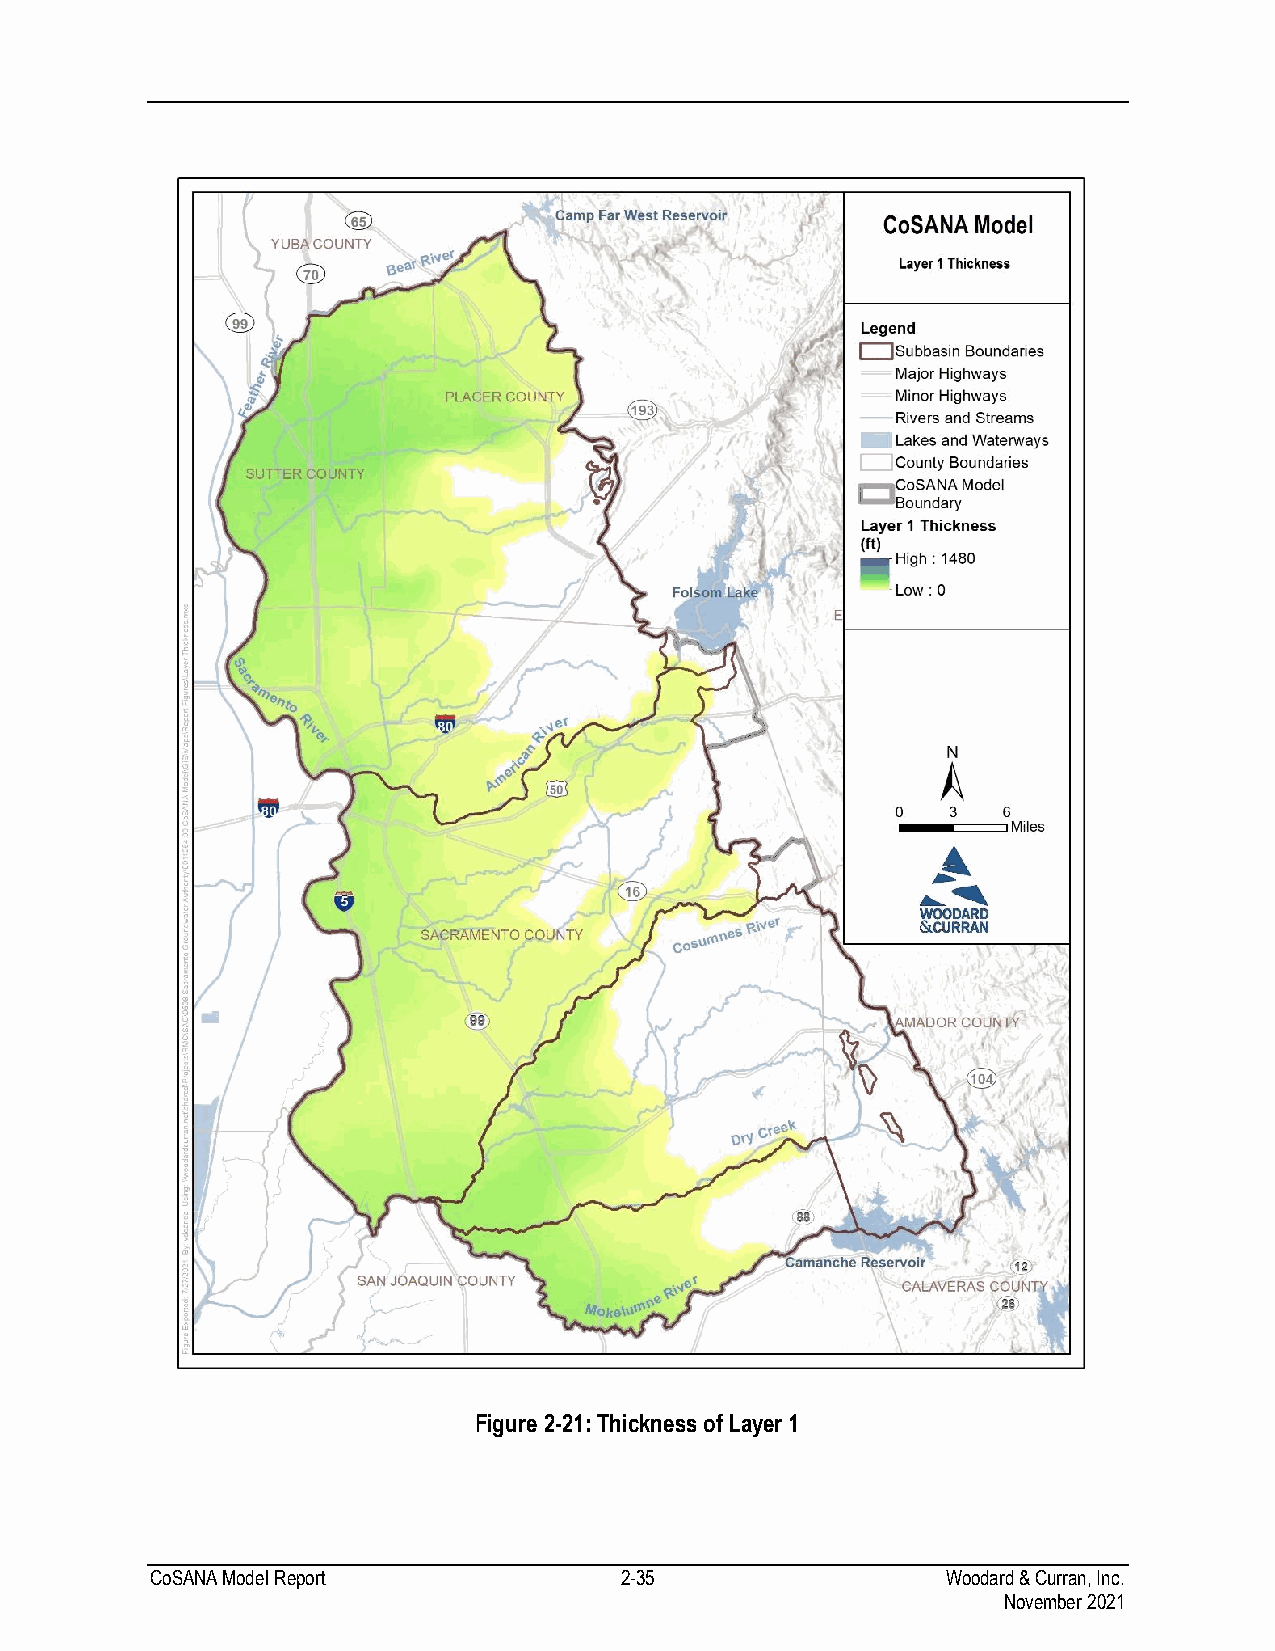
Figure 2-21: Thickness of Layer 1
 CoSANA Model Report            2-35                  Woodard & Curran, Inc.
 November 2021